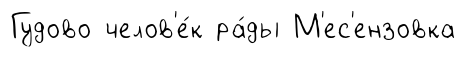
Гудово челов'е́к ра́ды М'ес'ензовка